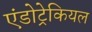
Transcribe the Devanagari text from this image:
एंडोट्रेकियल